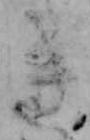
き